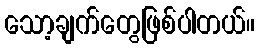
သော့ချက်တွေဖြစ်ပါတယ်။